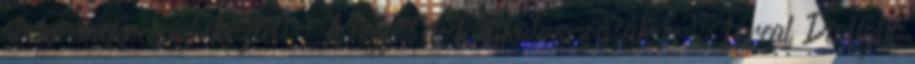
arckrémekre emlékeztet - A hajfestékek alkalmazásakor . Loreal Dialight